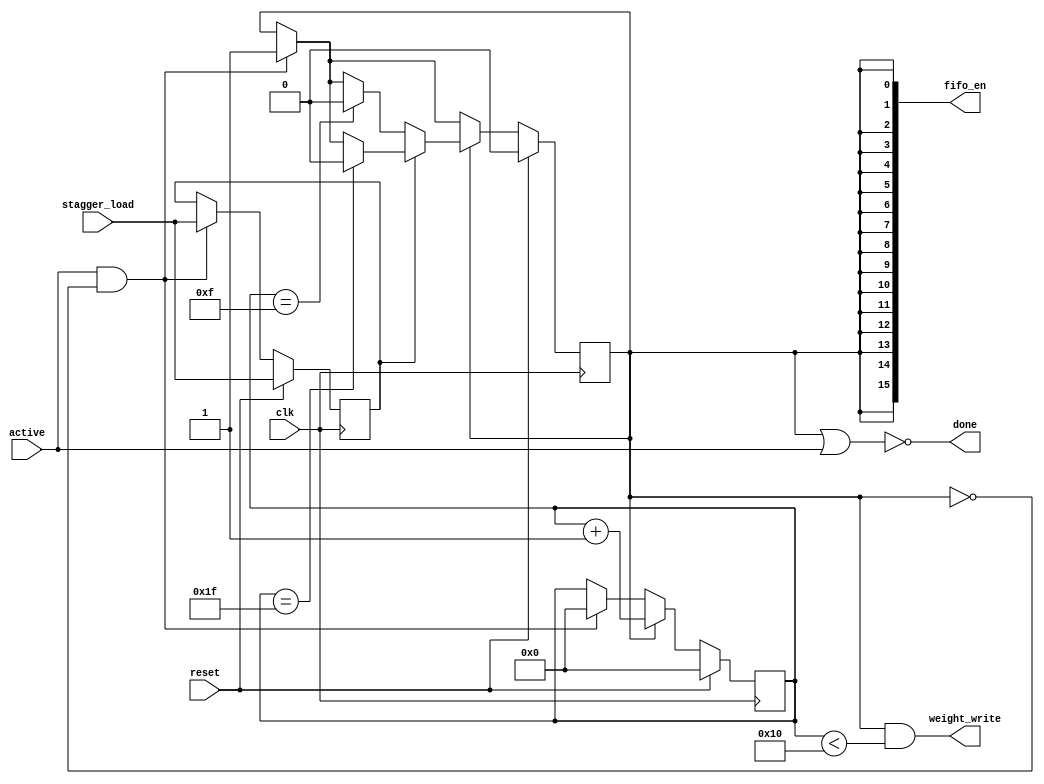
// fifo_control.v
// Cameron Shinn

module fifo_control(
    clk,
    reset,
    active, // active fifo control
    stagger_load, // en stagger load way
    fifo_en, // output fifo en
    done, // done flushing fifo
    weight_write
    );

    parameter fifo_width = 16;
    localparam COUNT_WIDTH = $clog2(fifo_width) + 1;

    input clk;
    input reset;
    input active;
    input stagger_load;
    output wire [fifo_width-1:0] fifo_en;
    output wire done;
    output wire weight_write;

    reg started, started_c;
    reg [COUNT_WIDTH - 1:0] count, count_c;
    reg stagger_latch, stagger_latch_c; // must latch to prevent changing midway

    assign fifo_en = {fifo_width{started}};
    assign done = ~(started || active);
    assign weight_write = (started && count < 16);

    always @(*) begin
        started_c = started;
        count_c = count;
        stagger_latch_c = stagger_latch;

        if (active && !started) begin // active signal and not started already
            started_c = 1'b1;
            stagger_latch_c = stagger_load;
            count_c = {COUNT_WIDTH{1'b0}};
        end // if (active && !started)

        if (started) begin
            count_c = count + 1'b1;

            if (stagger_latch) begin
                if (count == fifo_width*2-1) begin
                    started_c = 1'b0;
                end // if (count == fifo_width*2-1)
            end // if (stagger_latch)

            else begin // not staggered load
                if (count == fifo_width-1) begin
                    started_c = 1'b0;
                end // if (count == fifo_width-1)
            end // else
        end // if (started)

        if (reset) begin
            started_c = 1'b0;
            count_c = {COUNT_WIDTH{1'b0}};
            stagger_latch_c = stagger_load;
        end // if (reset)
    end // always @(*)

    always @(posedge clk) begin
        started <= started_c;
        count <= count_c;
        stagger_latch <= stagger_latch_c;
    end // always @(posedge clk)

endmodule // fifo_control